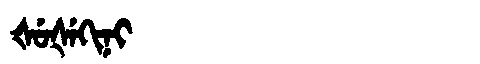
Manchu: ᡧᡠᡧᡝᡴᡳᠨᡳ
Romanization: ŠUŠEKINI